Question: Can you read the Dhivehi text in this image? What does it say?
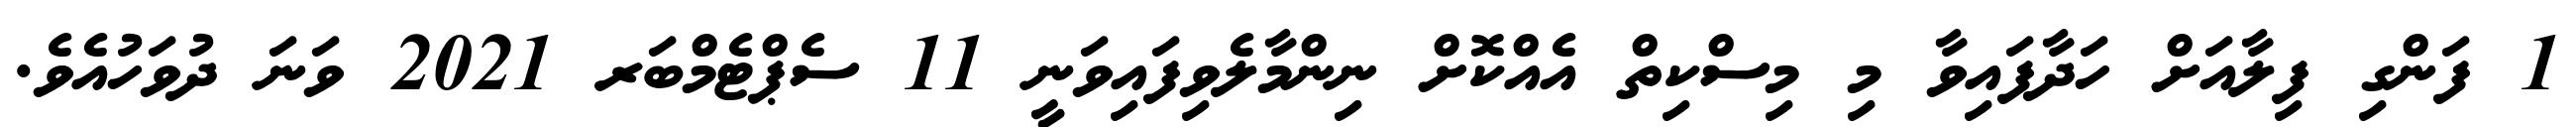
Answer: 1 ފަންގި ފިލާއަށް ހަދާފައިވާ މި މިސްކިތް އެއްކޮށް ނިންމާލެވިފައިވަނީ 11 ސެޕްޓެމްބަރ 2021 ވަނަ ދުވަހުއެވެ.